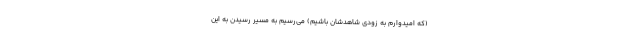
(که امیدوارم به زودی شاهدشان باشیم) می‌رسیم به مسیرِ رسیدن به این